Leaving Certificate Examination, 1922
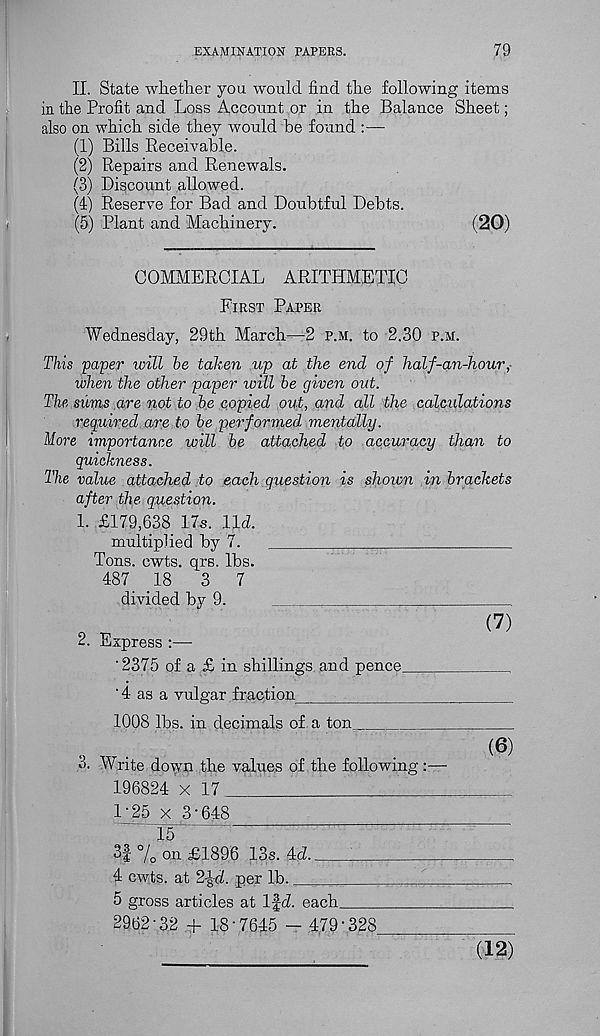
EXAMINATION TAPERS.
79
II. State whether you would find the following items
in the Profit and Loss Account or in the Balance Sheet;
also on which side they would be found :—
(1) Bills Receivable.
(2) Repairs and Renewals.
(3) Discount allowed.
(I) Reserve for Bad and Doubtful Debts.
(5) Plant and Machinery.
(20)
COMMERCIAL ARITHMETIC
First Paper
Wednesday, 29th March—2 p.m. to 2.30 p.m.
This paper will be taken up at the end of half-an-hour,
when the other paper will be given out.
The sums are not to be copied out, and all the calculations
required are to be performed mentally.
More importance will be attached to accuracy than to
quickness.
The value attached to each question is shoicn in brackets
after the question.
1. £179,638 17s. lid.
multiplied by 7.
Tons. cwts. qrs. lbs.
487
18
3
7
divided by 9.
O
(7)
2. Express :—
'2375 of a £ in shillings and pence
' 4 as a vulgar fraction
1008 lbs. in decimals of a ton
3. Write down the values of the following:—
196824 x 17
1'25 x 3'648
15
3f % on £1896 13s. 4d.__
4 cwts. at 2-J'ti per lb.
5 gross articles at Ifd. each
2962-32 .+ 18-7645 - 479-328
(12)